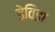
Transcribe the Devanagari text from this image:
डेविडा